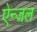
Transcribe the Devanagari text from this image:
ऐन्जल